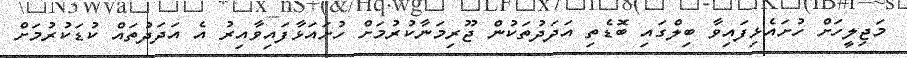
މަޖިލީހަށް ހުށައެޅިފައިވާ ބިލްގައި ބޮޑެތި އަދަދުތަކުން ޖޫރިމަނާކުރުމަށް ހުށައަޅާފައިވާއިރު އެ އަދަދުތައް ކުޑަކުރުމަށް